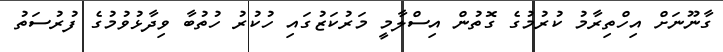
ގާނޫނަށް އިހްތިރާމު ކުރުމުގެ ގޮތުން އިސްލާމީ މަރުކަޒުގައި ހުކުރު ހުތުބާ ވިދާޅުވުމުގެ ފުރުސަތު